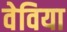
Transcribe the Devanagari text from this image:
वेविया